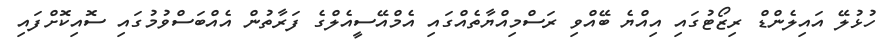
ހުޅުލޭ އައިލެންޑް ރިޒޯޓުގައި އިއްޔެ ބޭއްވި ރަސްމިއްޔާތެއްގައި އެމްއޭސީއެލްގެ ފަރާތުން އެއްބަސްވުމުގައި ސޮއިކޮށްފައި